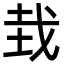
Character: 㦳